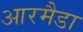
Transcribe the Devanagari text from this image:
आरमैडा